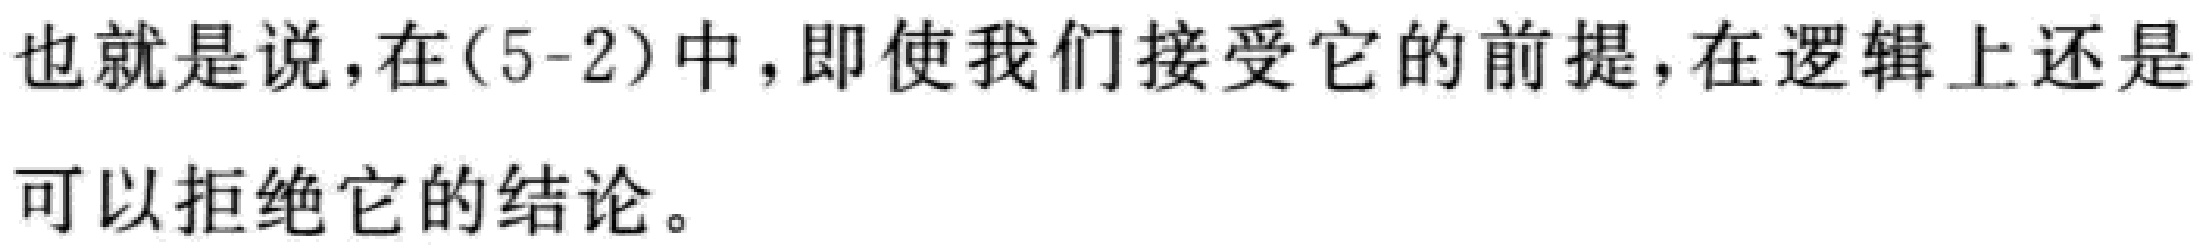
也就是说，在(5-2)中，即使我们接受它的前提，在逻辑上还是可以拒绝它的结论。